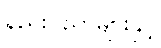
နည်းပညာများနှင့်